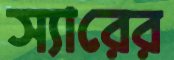
স্যারের